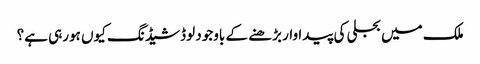
ملک میں بجلی کی پیداوار بڑھنے کے باوجود لوڈشیڈنگ کیوں ہورہی ہے؟